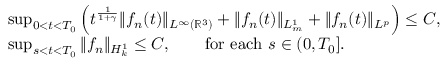
\begin{array} { r l } & { \operatorname* { s u p } _ { 0 < t < T _ { 0 } } \left( t ^ { \frac { 1 } { 1 + \gamma } } \| f _ { n } ( t ) \| _ { L ^ { \infty } ( \ensuremath { { \mathbb R } } ^ { 3 } ) } + \| f _ { n } ( t ) \| _ { L _ { m } ^ { 1 } } + \| f _ { n } ( t ) \| _ { L ^ { p } } \right) \le C , } \\ & { \operatorname* { s u p } _ { s < t < T _ { 0 } } \| f _ { n } \| _ { H _ { k } ^ { 1 } } \le C , \qquad \mathrm { f o r ~ e a c h ~ } s \in ( 0 , T _ { 0 } ] . } \end{array}